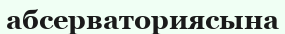
абсерваториясына